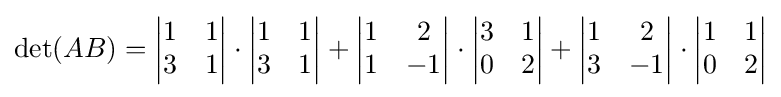
\det(AB)=\left|{\begin{matrix}1&1\\3&1\end{matrix}}\right|\cdot \left|{\begin{matrix}1&1\\3&1\end{matrix}}\right|+\left|{\begin{matrix}1&2\\1&-1\end{matrix}}\right|\cdot \left|{\begin{matrix}3&1\\0&2\end{matrix}}\right|+\left|{\begin{matrix}1&2\\3&-1\end{matrix}}\right|\cdot \left|{\begin{matrix}1&1\\0&2\end{matrix}}\right|